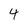
Character: 4